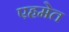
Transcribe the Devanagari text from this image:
एहमेत